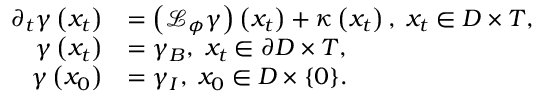
\begin{array} { r l } { \partial _ { t } \gamma \left( x _ { t } \right) } & { = \left( \mathcal { L } _ { \phi } \gamma \right) \left( x _ { t } \right) + \kappa \left( x _ { t } \right) , \; x _ { t } \in D \times T , } \\ { \gamma \left( x _ { t } \right) } & { = \gamma _ { B } , \; x _ { t } \in \partial D \times T , } \\ { \gamma \left( x _ { 0 } \right) } & { = \gamma _ { I } , \; x _ { 0 } \in D \times \{ 0 \} . } \end{array}